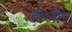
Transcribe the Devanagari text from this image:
डीजीए